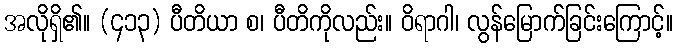
အလိုရှိ၏။ (၄၁၃) ပီတိယာ စ၊ ပီတိကိုလည်း။ ဝိရာဂါ၊ လွန်မြောက်ခြင်းကြောင့်။